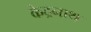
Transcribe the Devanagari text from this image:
केद्रनाथ